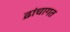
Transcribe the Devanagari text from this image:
ढ़ांचागत